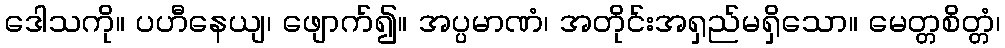
ဒေါသကို။ ပဟီနေယျ၊ ဖျောက်၍။ အပ္ပမာဏံ၊ အတိုင်းအရှည်မရှိသော။ မေတ္တစိတ္တံ၊